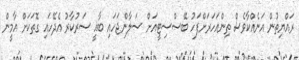
ރައްޔިތުން އަނެއްކާވެސް ތިންއަހަރަށްފަހު ބޭސްސިޓީއަށް ސަލާންޖަހައި ބާޣީ ސަރުކާރު އެދޭހައި ގޮތަކަށް އާމީން